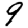
Digit: 9